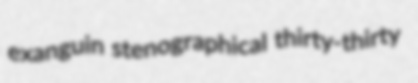
exanguin stenographical thirty-thirty